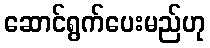
ဆောင်ရွက်ပေးမည်ဟု